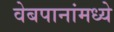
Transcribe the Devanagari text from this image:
वेबपानांमध्ये